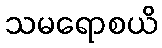
သမရောစယိ